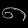
Digit: ၈